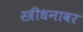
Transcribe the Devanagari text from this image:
स्त्रीधनावर